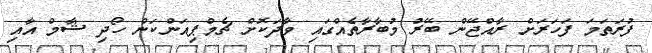
ފުރަތަމަ ފަހަރަށް ރާއްޖޭން ބޭރު މުބާރާތެއްގައި ވާދަކޮށް ޗެމްޕިއަންކަން ހޯދި ޝާމް އާއި